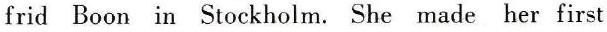
frid Boon in Stockholm. She made her first